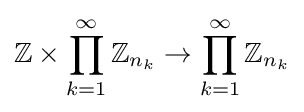
\mathbb {Z} \times \prod _{k=1}^{\infty }\mathbb {Z} _{n_{k}}\to \prod _{k=1}^{\infty }\mathbb {Z} _{n_{k}}